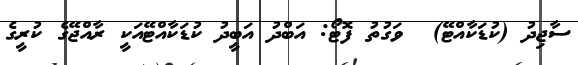
ސާޖިދު (ކުޑަކާއްޓޭ)  ވަގުތު ފޮޓޯ: އަބްދު އަބީދު ކުޑަކާއްޓޭއަކީ ރާއްޖޭގެ ކުރީގެ